38_143685_box_Incident_Summaries_101-172
Agency: Department of War
Page 175
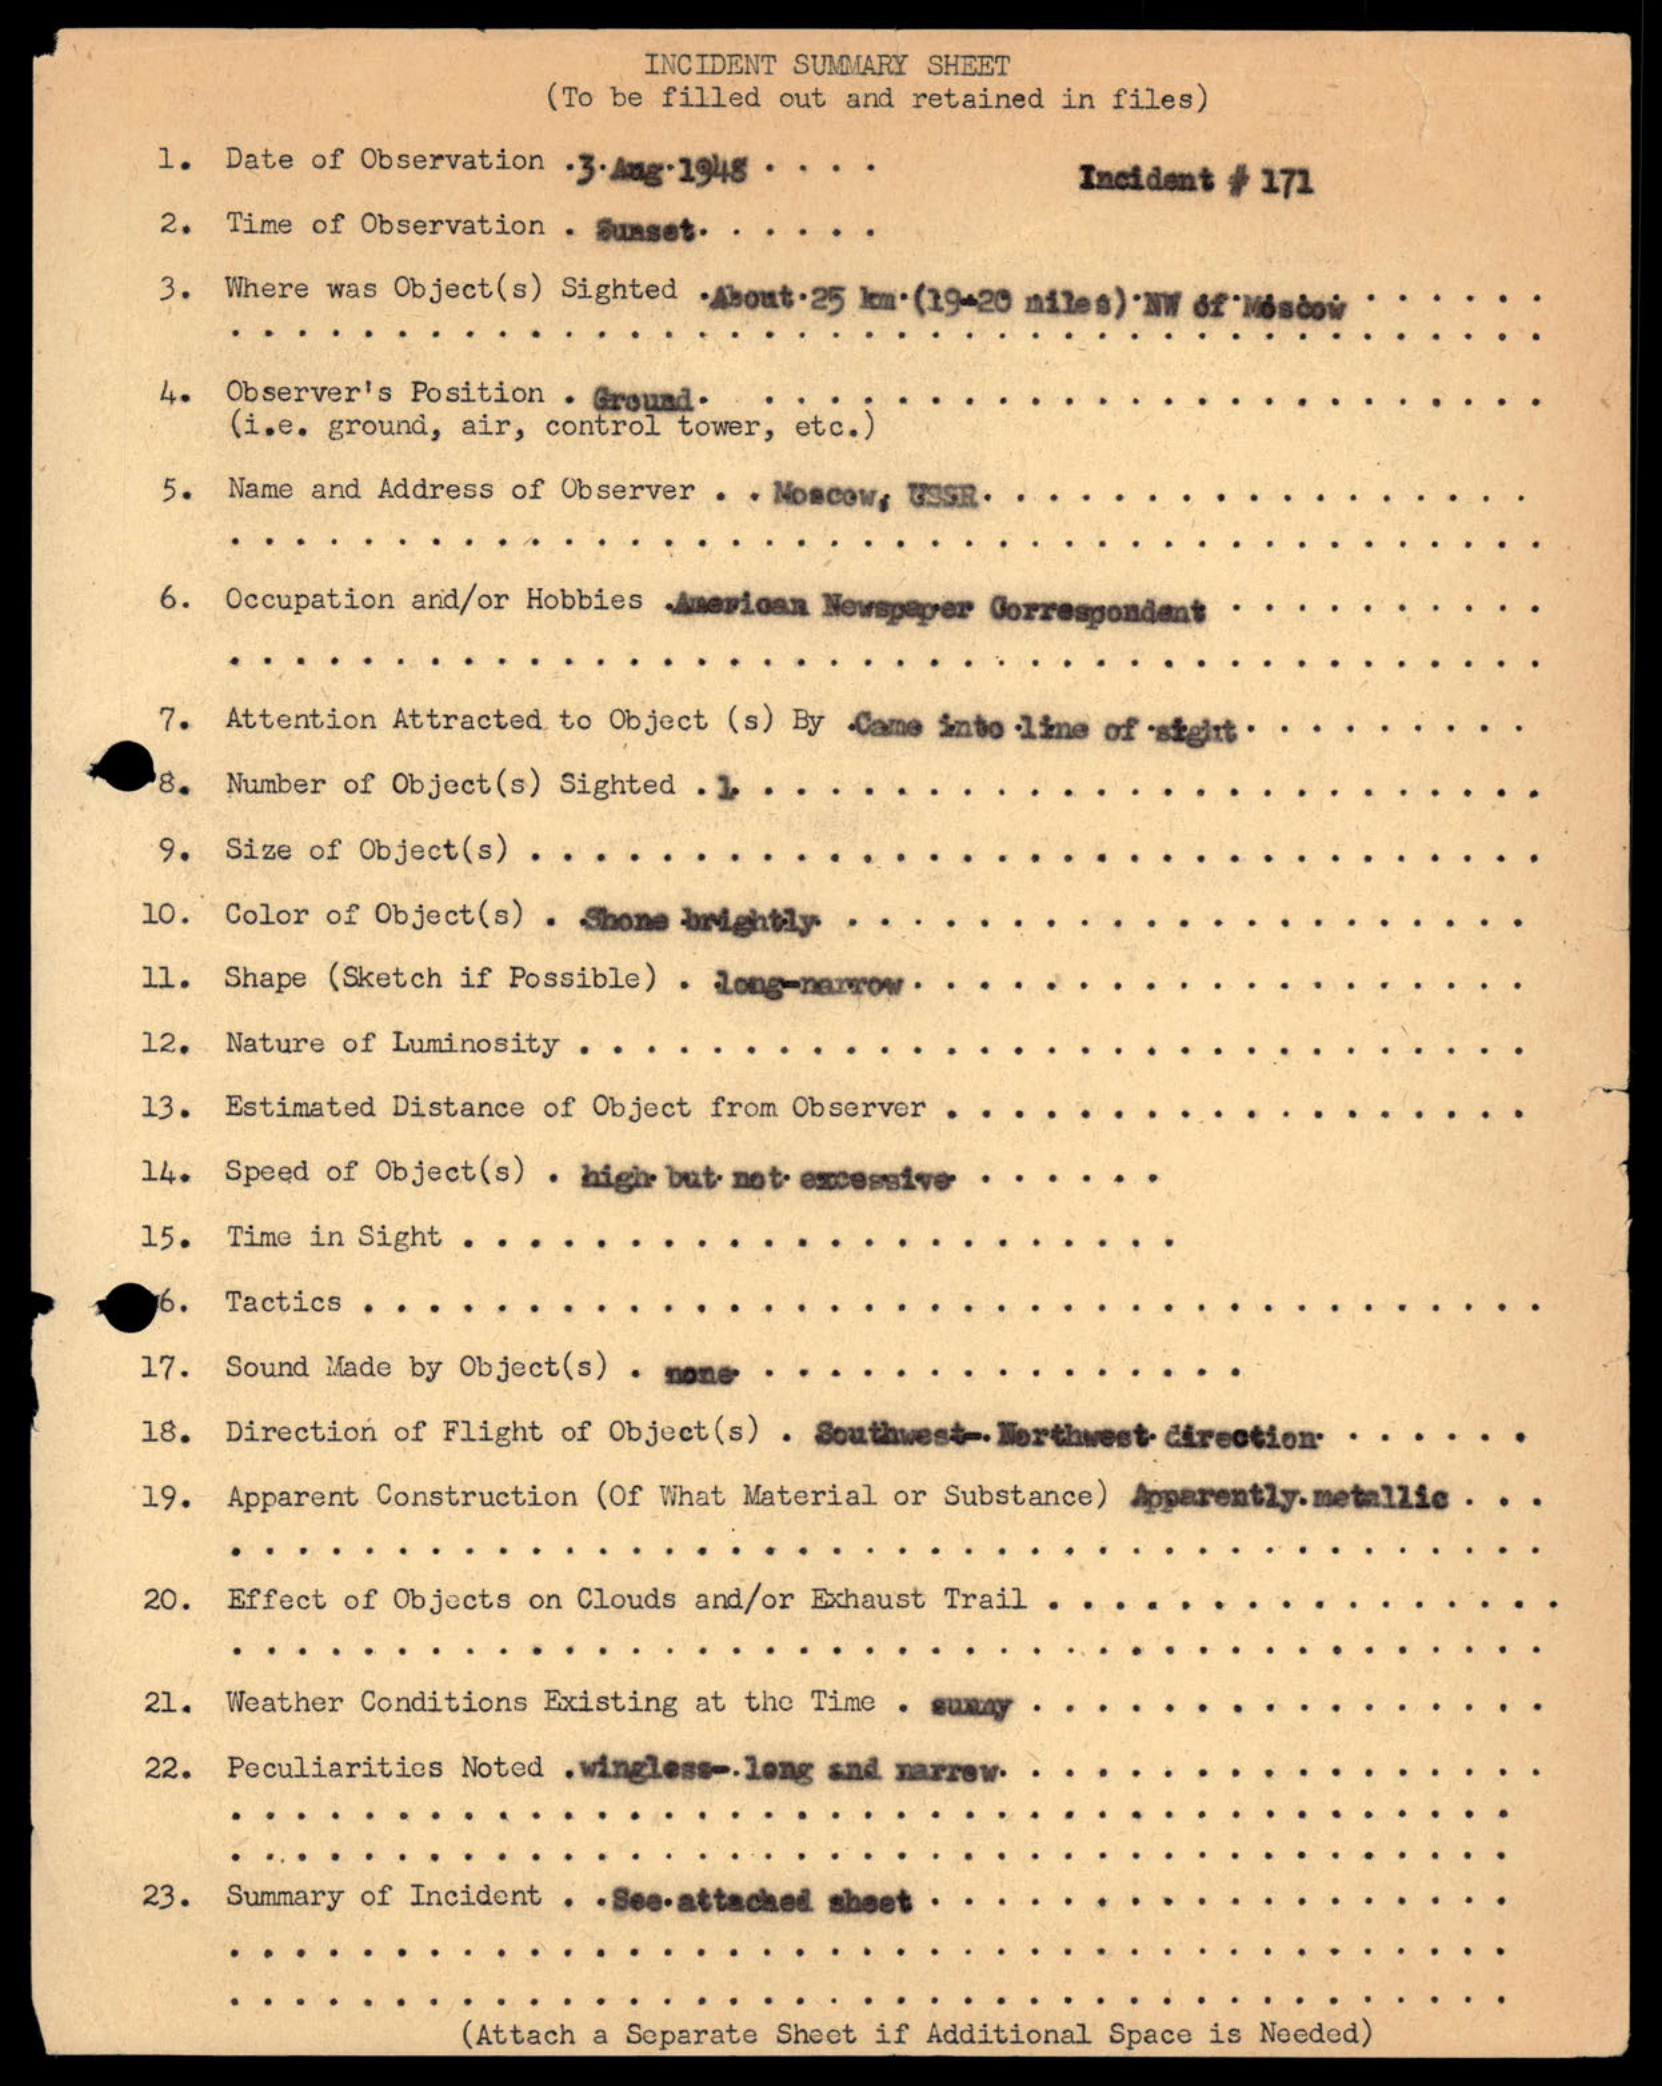